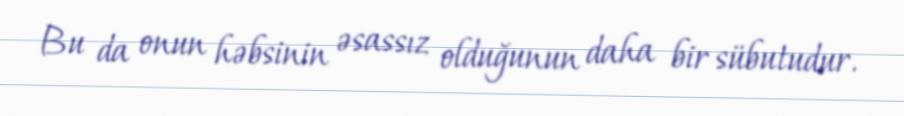
Bu da onun həbsinin əsassız olduğunun daha bir sübutudur.